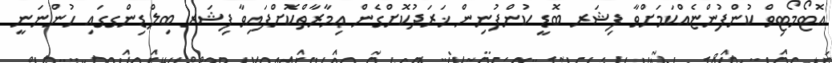
އޮޓޯމޯޓިވް ކުންފުންޏެއްކަމަށްވާ ފިޝަރ ބޮޑީ ކުންފުނިން ޚަރަދުކޮށްގެން ޢިމާރާތްކޮށްފައިވާ ފިޝަރ ބިލްޑިންގގައި ހުންނަނީ